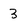
Character: 3